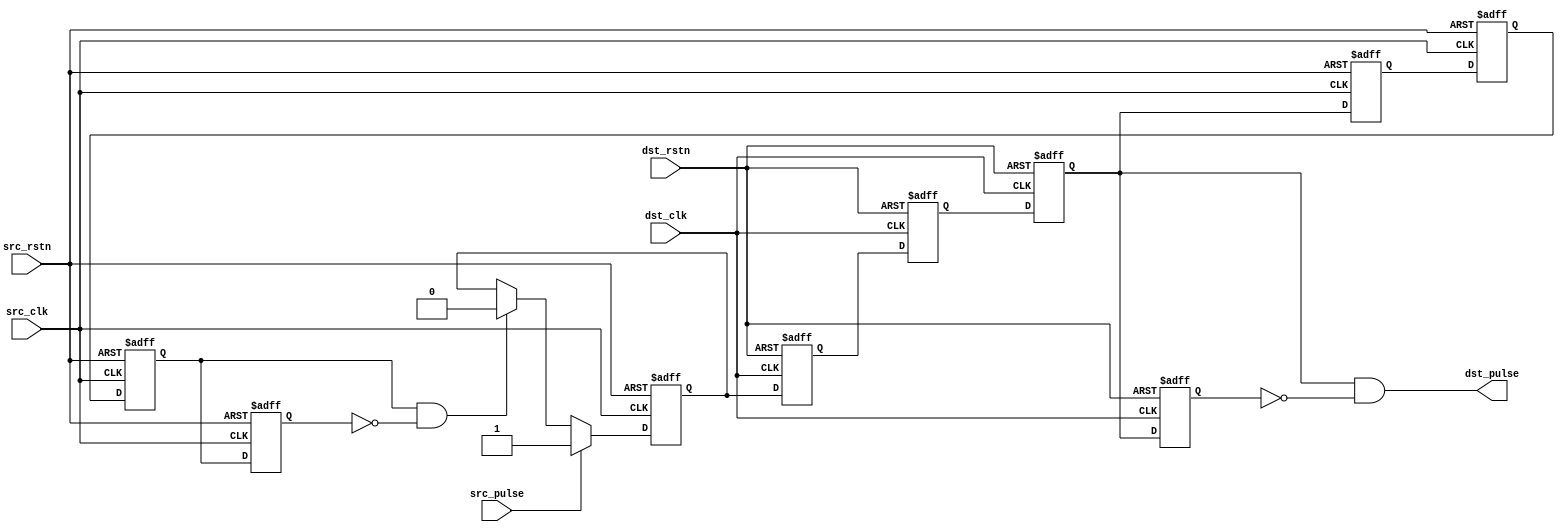
/*Copyright 2020-2021 T-Head Semiconductor Co., Ltd.

Licensed under the Apache License, Version 2.0 (the "License");
you may not use this file except in compliance with the License.
You may obtain a copy of the License at

    http://www.apache.org/licenses/LICENSE-2.0

Unless required by applicable law or agreed to in writing, software
distributed under the License is distributed on an "AS IS" BASIS,
WITHOUT WARRANTIES OR CONDITIONS OF ANY KIND, either express or implied.
See the License for the specific language governing permissions and
limitations under the License.
*/
module aq_dtu_cdc_pulse(
  dst_clk,
  dst_pulse,
  dst_rstn,
  src_clk,
  src_pulse,
  src_rstn
);

// &Ports; @21
input        dst_clk;      
input        dst_rstn;     
input        src_clk;      
input        src_pulse;    
input        src_rstn;     
output       dst_pulse;    

// &Regs; @22
reg          dst_sync1;    
reg          dst_sync2;    
reg          dst_sync3;    
reg          dst_sync4;    
reg          src_lvl;      
reg          src_sync1;    
reg          src_sync2;    
reg          src_sync3;    
reg          src_sync4;    

// &Wires; @23
wire         clear_src_lvl; 
wire         dst_clk;      
wire         dst_pulse;    
wire         dst_rstn;     
wire         src_clk;      
wire         src_pulse;    
wire         src_rstn;     


always @(posedge src_clk or negedge src_rstn)
begin
  if(!src_rstn)
    src_lvl <= 1'b0;
  else if(src_pulse)
    src_lvl <= 1'b1;
  else if(clear_src_lvl)
    src_lvl <= 1'b0;
end

always @(posedge dst_clk or negedge dst_rstn)
begin
  if(!dst_rstn)
    begin
      dst_sync1 <= 1'b0;
      dst_sync2 <= 1'b0;
      dst_sync3 <= 1'b0;
      dst_sync4 <= 1'b0;
    end
  else
    begin
      dst_sync1 <= src_lvl;
      dst_sync2 <= dst_sync1;
      dst_sync3 <= dst_sync2;
      dst_sync4 <= dst_sync3;
    end
end

always @(posedge src_clk or negedge src_rstn)
begin
  if(!src_rstn)
    begin
      src_sync1 <= 1'b0;
      src_sync2 <= 1'b0;
      src_sync3 <= 1'b0;
      src_sync4 <= 1'b0;
    end
  else
    begin
      src_sync1 <= dst_sync3;
      src_sync2 <= src_sync1;
      src_sync3 <= src_sync2;
      src_sync4 <= src_sync3;
    end
end
assign clear_src_lvl = src_sync3 && !src_sync4;

assign dst_pulse = dst_sync3 && !dst_sync4;

// &ModuleEnd; @74
endmodule